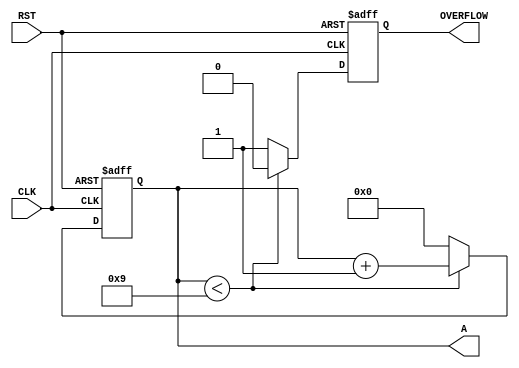
module decimal_counter(A,OVERFLOW,CLK,RST);
input CLK, RST;
output OVERFLOW;
output [3:0] A;
reg OVERFLOW;
reg [3:0] A;
always @ (posedge CLK or negedge RST)
if (~RST) begin
	OVERFLOW <= 1'b0;
	A <= 4'b0000;
end
else if (A<9) begin
	A <= A + 1'b1;
	OVERFLOW <= 1'b0;
end
else begin
	A <= 4'b0000;
	OVERFLOW <= 1'b1;
end
endmodule